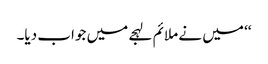
‘‘ میں نے ملائم لہجے میں جواب دیا۔